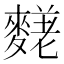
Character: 𪍙